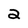
Character: 2